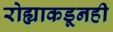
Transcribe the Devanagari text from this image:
रोह्याकडूनही